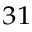
^ { 3 1 }